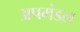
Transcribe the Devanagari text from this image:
अपमंडल